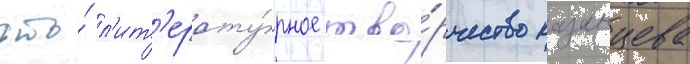
что́ л'ит'ерату́рное тво́рчество казанцева